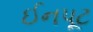
ઈનપૂટ